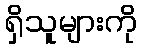
ရှိသူများကို